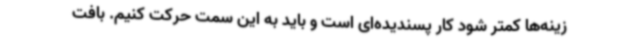
زینه‌ها کمتر شود کار پسندیده‌ای است و باید به این سمت حرکت کنیم. بافت